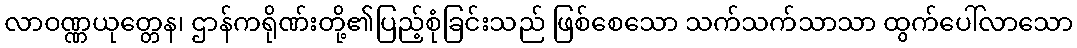
လာဝဏ္ဏယုတ္တေန၊ ဌာန်ကရိုဏ်းတို့၏ပြည့်စုံခြင်းသည် ဖြစ်စေသော သက်သက်သာသာ ထွက်ပေါ်လာသော